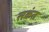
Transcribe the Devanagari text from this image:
सकंत